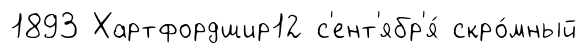
1893 Хартфордшир12 с'ент'ябр'я́ скро́мный